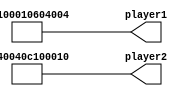
module start_6 (
    output reg [48:0] player1,
    output reg [48:0] player2
  );
  
  
  
  localparam PLAYER1 = 49'h0100010604004;
  
  localparam PLAYER2 = 49'h040040c100010;
  
  always @* begin
    player1 = 49'h0100010604004;
    player2 = 49'h040040c100010;
  end
endmodule